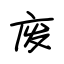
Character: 废